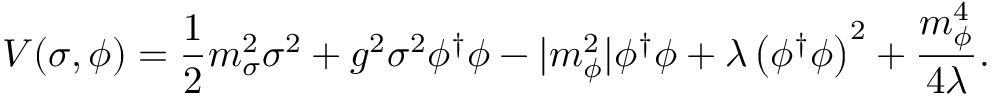
V ( \sigma , \phi ) = \frac { 1 } { 2 } m _ { \sigma } ^ { 2 } \sigma ^ { 2 } + g ^ { 2 } \sigma ^ { 2 } \phi ^ { \dagger } \phi - | m _ { \phi } ^ { 2 } | \phi ^ { \dagger } \phi + \lambda \left( \phi ^ { \dagger } \phi \right) ^ { 2 } + \frac { m _ { \phi } ^ { 4 } } { 4 \lambda } .